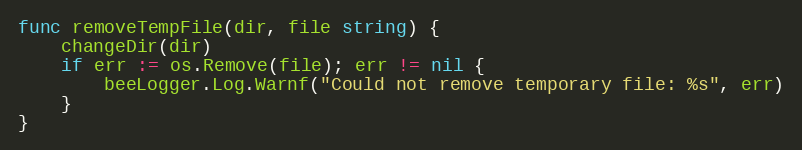
Language: Go
func removeTempFile(dir, file string) {
	changeDir(dir)
	if err := os.Remove(file); err != nil {
		beeLogger.Log.Warnf("Could not remove temporary file: %s", err)
	}
}